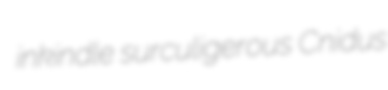
inkindle surculigerous Cnidus